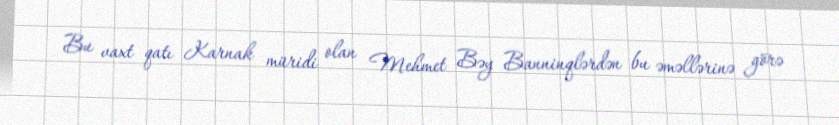
Bu vaxt qatı Karnak müridi olan Mehmet Bəy Banninqlərdən bu əməllərinə görə